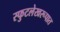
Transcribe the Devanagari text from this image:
स्फुटलेखरूपात